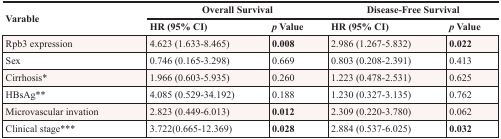
| <ROWSPAN=2> Varable | <COLSPAN=2> Overall Survival | <COLSPAN=2> Disease-Free Survival |
 | HR (95% CI) | p Value | HR (95% CI) | p Value |
 | --- | --- | --- | --- | --- |
 | Rpb3 expression | 4.623 (1.633-8.465) | 0.008 | 2.986 (1.267-5.832) | 0.022 |
 | Sex | 0.746 (0.165-3.298) | 0.669 | 0.803 (0.208-2.391) | 0.413 |
 | Cirrhosis* | 1.966 (0.603-5.935) | 0.260 | 1.223 (0.478-2.531) | 0.625 |
 | HBsAg** | 4.085 (0.529-34.192) | 0.188 | 1.230 (0.327-3.135) | 0.762 |
 | Microvascular invation | 2.823 (0.449-6.013) | 0.012 | 2.309 (0.220-3.780) | 0.062 |
 | Clinical stage*** | 3.722(0.665-12.369) | 0.028 | 2.884 (0.537-6.025) | 0.032 |